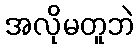
အလိုမတူဘဲ